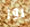
روز